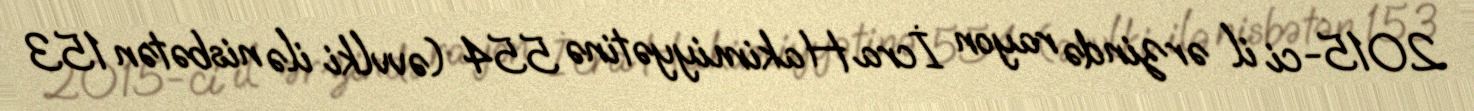
2015-ci il ərzində rayon İcra Hakimiyyətinə 554 (əvvlki ilə nisbətən 153